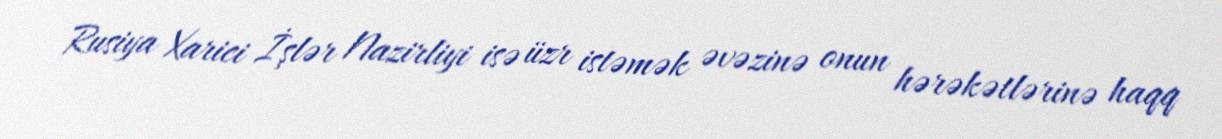
Rusiya Xarici İşlər Nazirliyi isə üzr istəmək əvəzinə onun hərəkətlərinə haqq